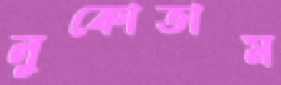
লুকোতাম